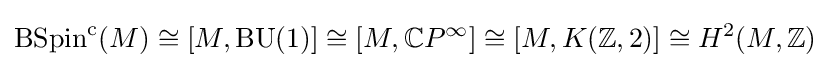
\operatorname {BSpin} ^{\mathrm {c} }(M)\cong [M,\operatorname {BU} (1)]\cong [M,\mathbb {C} P^{\infty }]\cong [M,K(\mathbb {Z} ,2)]\cong H^{2}(M,\mathbb {Z} )